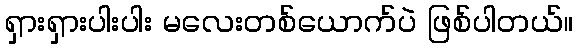
ရှားရှားပါးပါး မလေးတစ်ယောက်ပဲ ဖြစ်ပါတယ်။